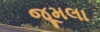
જૂમલા